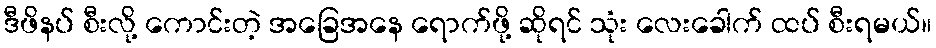
ဒီဖိနပ် စီးလို့ ကောင်းတဲ့ အခြေအနေ ရောက်ဖို့ ဆိုရင် သုံး လေးခေါက် ထပ် စီးရမယ်။